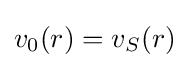
{\textstyle v_{0}(r)=v_{S}(r)}